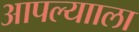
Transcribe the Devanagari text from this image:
आपल्यााला